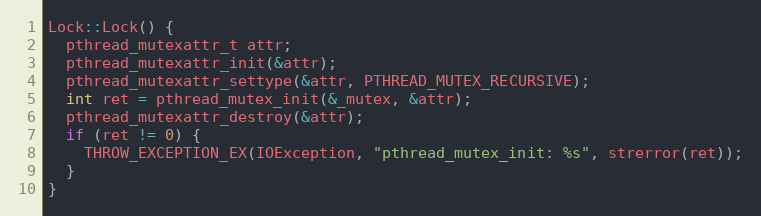
Language: C++
Lock::Lock() {
  pthread_mutexattr_t attr;
  pthread_mutexattr_init(&attr);
  pthread_mutexattr_settype(&attr, PTHREAD_MUTEX_RECURSIVE);
  int ret = pthread_mutex_init(&_mutex, &attr);
  pthread_mutexattr_destroy(&attr);
  if (ret != 0) {
    THROW_EXCEPTION_EX(IOException, "pthread_mutex_init: %s", strerror(ret));
  }
}